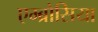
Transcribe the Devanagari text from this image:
एम्ब्रोसिया